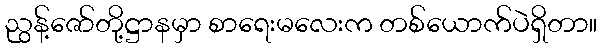
ညွန့်ဇော်တို့ဋ္ဌာနမှာ စာရေးမလေးက တစ်ယောက်ပဲရှိတာ။